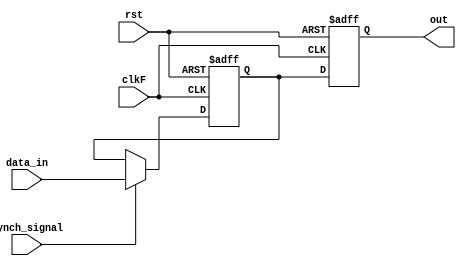
module interface(
	rst,synch_signal,data_in,clkF,out
);

input rst,synch_signal,clkF;
input [7:0] data_in;
output reg [7:0] out;
 
reg [7:0] data_in_r;
always @(posedge clkF or posedge rst) begin 
	if(rst) begin 
		data_in_r <= 8'b0;
		out <= 8'b0;	
	end
	else begin 
		if(synch_signal)
			data_in_r <= data_in;
		out <= data_in_r; 
	end
end

endmodule